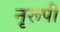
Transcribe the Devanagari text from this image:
नृरूपी